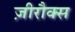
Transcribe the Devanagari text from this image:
ज़ीरौक्स